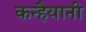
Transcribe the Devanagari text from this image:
कन्हैयानी